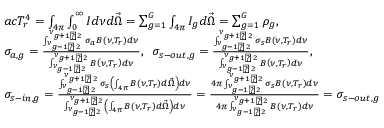
\begin{array} { l } { { a c T _ { r } ^ { 4 } = \int _ { 4 \pi } \int _ { 0 } ^ { \infty } I d \nu d \vec { \Omega } = \sum _ { g = 1 } ^ { G } \int _ { 4 \pi } I _ { g } d \vec { \Omega } = \sum _ { g = 1 } ^ { G } \rho _ { g } , } } \\ { { \sigma _ { a , g } = \frac { \int _ { \nu _ { g - { 1 \mathord { \left/ { \vphantom { 1 2 } } \right. \kern - \nulldelimiterspace } 2 } } } ^ { \nu _ { g + { 1 \mathord { \left/ { \vphantom { 1 2 } } \right. \kern - \nulldelimiterspace } 2 } } } \sigma _ { a } B \left( \nu , T _ { r } \right) d \nu } { \int _ { \nu _ { g - { 1 \mathord { \left/ { \vphantom { 1 2 } } \right. \kern - \nulldelimiterspace } 2 } } } ^ { \nu _ { g + { 1 \mathord { \left/ { \vphantom { 1 2 } } \right. \kern - \nulldelimiterspace } 2 } } } B \left( \nu , T _ { r } \right) d \nu } , \; \; \sigma _ { s - o u t , g } = \frac { \int _ { \nu _ { g - { 1 \mathord { \left/ { \vphantom { 1 2 } } \right. \kern - \nulldelimiterspace } 2 } } } ^ { \nu _ { g + { 1 \mathord { \left/ { \vphantom { 1 2 } } \right. \kern - \nulldelimiterspace } 2 } } } \sigma _ { s } B \left( \nu , T _ { r } \right) d \nu } { \int _ { \nu _ { g - { 1 \mathord { \left/ { \vphantom { 1 2 } } \right. \kern - \nulldelimiterspace } 2 } } } ^ { \nu _ { g + { 1 \mathord { \left/ { \vphantom { 1 2 } } \right. \kern - \nulldelimiterspace } 2 } } } B \left( \nu , T _ { r } \right) d \nu } , } } \\ { { \sigma _ { s - i n , g } = \frac { \int _ { \nu _ { g - { 1 \mathord { \left/ { \vphantom { 1 2 } } \right. \kern - \nulldelimiterspace } 2 } } } ^ { \nu _ { g + { 1 \mathord { \left/ { \vphantom { 1 2 } } \right. \kern - \nulldelimiterspace } 2 } } } \sigma _ { s } \left( \int _ { 4 \pi } B \left( \nu , T _ { r } \right) d \vec { \Omega } \right) d \nu } { \int _ { \nu _ { g - { 1 \mathord { \left/ { \vphantom { 1 2 } } \right. \kern - \nulldelimiterspace } 2 } } } ^ { \nu _ { g + { 1 \mathord { \left/ { \vphantom { 1 2 } } \right. \kern - \nulldelimiterspace } 2 } } } \left( \int _ { 4 \pi } B \left( \nu , T _ { r } \right) d \vec { \Omega } \right) d \nu } = \frac { 4 \pi \int _ { \nu _ { g - { 1 \mathord { \left/ { \vphantom { 1 2 } } \right. \kern - \nulldelimiterspace } 2 } } } ^ { \nu _ { g + { 1 \mathord { \left/ { \vphantom { 1 2 } } \right. \kern - \nulldelimiterspace } 2 } } } \sigma _ { s } B \left( \nu , T _ { r } \right) d \nu } { 4 \pi \int _ { \nu _ { g - { 1 \mathord { \left/ { \vphantom { 1 2 } } \right. \kern - \nulldelimiterspace } 2 } } } ^ { \nu _ { g + { 1 \mathord { \left/ { \vphantom { 1 2 } } \right. \kern - \nulldelimiterspace } 2 } } } B \left( \nu , T _ { r } \right) d \nu } = \sigma _ { s - o u t , g } } } \end{array}